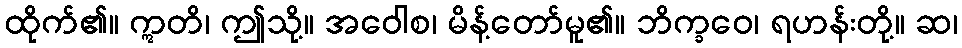
ထိုက်၏။ ဣတိ၊ ဤသို့။ အဝေါစ၊ မိန့်တော်မူ၏။ ဘိက္ခဝေ၊ ရဟန်းတို့။ ဆ၊